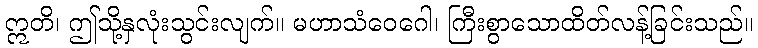
ဣတိ၊ ဤသို့နှလုံးသွင်းလျက်။ မဟာသံဝေဂေါ၊ ကြီးစွာသောထိတ်လန့်ခြင်းသည်။